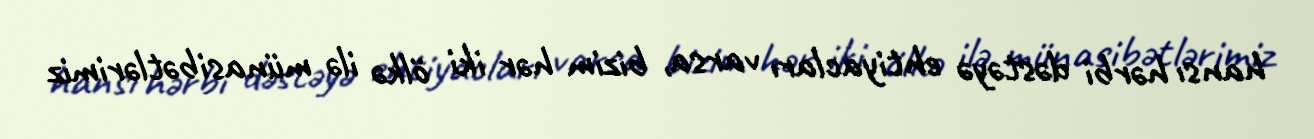
hansı hərbi dəstəyə ehtiyacları varsa, bizim hər iki ölkə ilə münasibətlərimiz